Code of medical and sanitary regulations for the guidance of medical officers serving in the Madras Presidency - Volume I
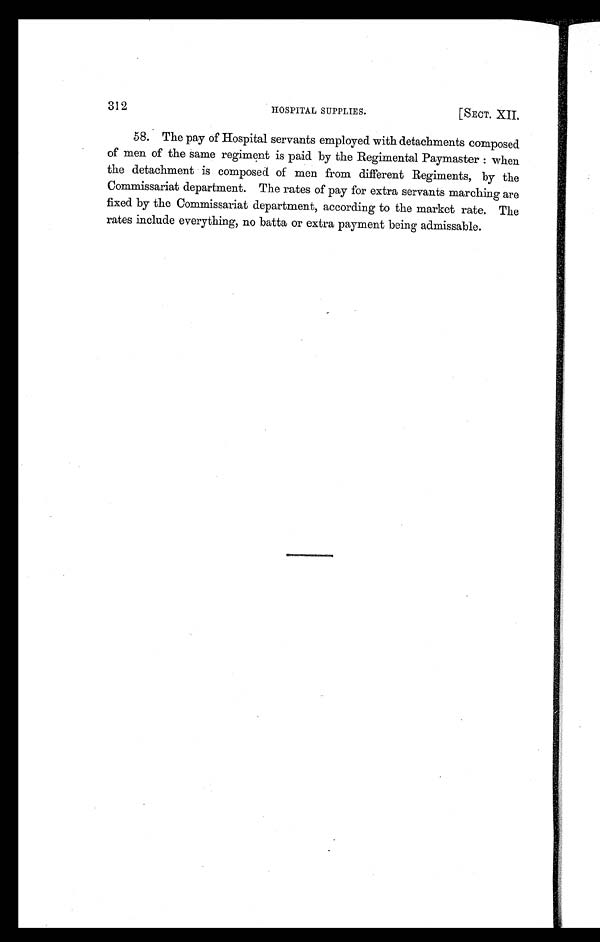
312
HOSPITAL SUPPLIES.
[SECT. XII.
58. The pay of Hospital servants employed with detachments composed
of men of the same regiment is paid by the Regimental Paymaster: when
the detachment is composed of men from different Regiments, by the
Commissariat department. The rates of pay for extra servants marching are
fixed by the Commissariat department, according to the market rate. The
rates include everything, no batta or extra payment being admissable.